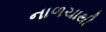
નાળચાથી